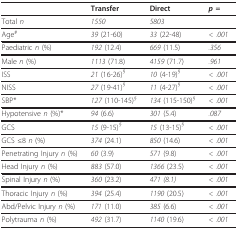
<table><thead><tr><td></td><td><b>Transfer</b></td><td><b>Direct</b></td><td><b><i>p =</i></b></td></tr></thead><tbody><tr><td>Total <i>n</i></td><td><i>1550</i></td><td><i>5803</i></td><td></td></tr><tr><td>Age<sup>#</sup></td><td><i>39 </i>(21-60)</td><td><i>33 </i>(22-48)</td><td><i>&lt; .001</i></td></tr><tr><td>Paediatric <i>n </i>(%)</td><td><i>192 </i>(12.4)</td><td><i>669 </i>(11.5)</td><td><i>.356</i></td></tr><tr><td>Male <i>n </i>(%)</td><td><i>1113 </i>(71.8)</td><td><i>4159 </i>(71.7)</td><td><i>.961</i></td></tr><tr><td>ISS</td><td><i>21 </i>(16-26)<i><sup>§</sup></i></td><td><i>10 </i>(4-19)<i><sup>§</sup></i></td><td><i>&lt; .001</i></td></tr><tr><td>NISS</td><td><i>27 </i>(19-41)<i><sup>§</sup></i></td><td><i>11 </i>(4-27)<i><sup>§</sup></i></td><td><i>&lt; .001</i></td></tr><tr><td>SBP*</td><td><i>127 </i>(110-145)<i><sup>§</sup></i></td><td><i>134 </i>(115-150)<i><sup>§</sup></i></td><td><i>&lt; .001</i></td></tr><tr><td>Hypotensive <i>n </i>(%)*</td><td><i>94 </i>(6.6)</td><td><i>301 </i>(5.4)</td><td><i>.087</i></td></tr><tr><td>GCS</td><td><i>15 </i>(9-15)<i><sup>§</sup></i></td><td><i>15 </i>(13-15)<i><sup>§</sup></i></td><td><i>&lt; .001</i></td></tr><tr><td>GCS ≤8 <i>n </i>(%)</td><td><i>374 </i>(24.1)</td><td><i>850 </i>(14.6)</td><td><i>&lt; .001</i></td></tr><tr><td>Penetrating Injury <i>n </i>(%)</td><td><i>60 </i>(3.9)</td><td><i>571 </i>(9.8)</td><td><i>&lt; .001</i></td></tr><tr><td>Head Injury <i>n </i>(%)</td><td><i>883 </i>(57.0)</td><td><i>1366 </i>(23.5)</td><td><i>&lt; .001</i></td></tr><tr><td>Spinal Injury <i>n </i>(%)</td><td><i>360 </i>(23.2)</td><td><i>471 (8.1)</i></td><td><i>&lt; .001</i></td></tr><tr><td>Thoracic Injury <i>n </i>(%)</td><td><i>394 </i>(25.4)</td><td><i>1190 </i>(20.5)</td><td><i>&lt; .001</i></td></tr><tr><td>Abd/Pelvic Injury <i>n </i>(%)</td><td><i>171 </i>(11.0)</td><td><i>385 </i>(6.6)</td><td><i>&lt; .001</i></td></tr><tr><td>Polytrauma <i>n </i>(%)</td><td><i>492 </i>(31.7)</td><td><i>1140 </i>(19.6)</td><td><i>&lt; .001</i></td></tr></tbody></table>